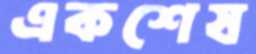
একশেষ